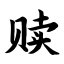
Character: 赎